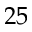
2 5